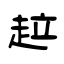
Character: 趇